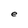
Character: e